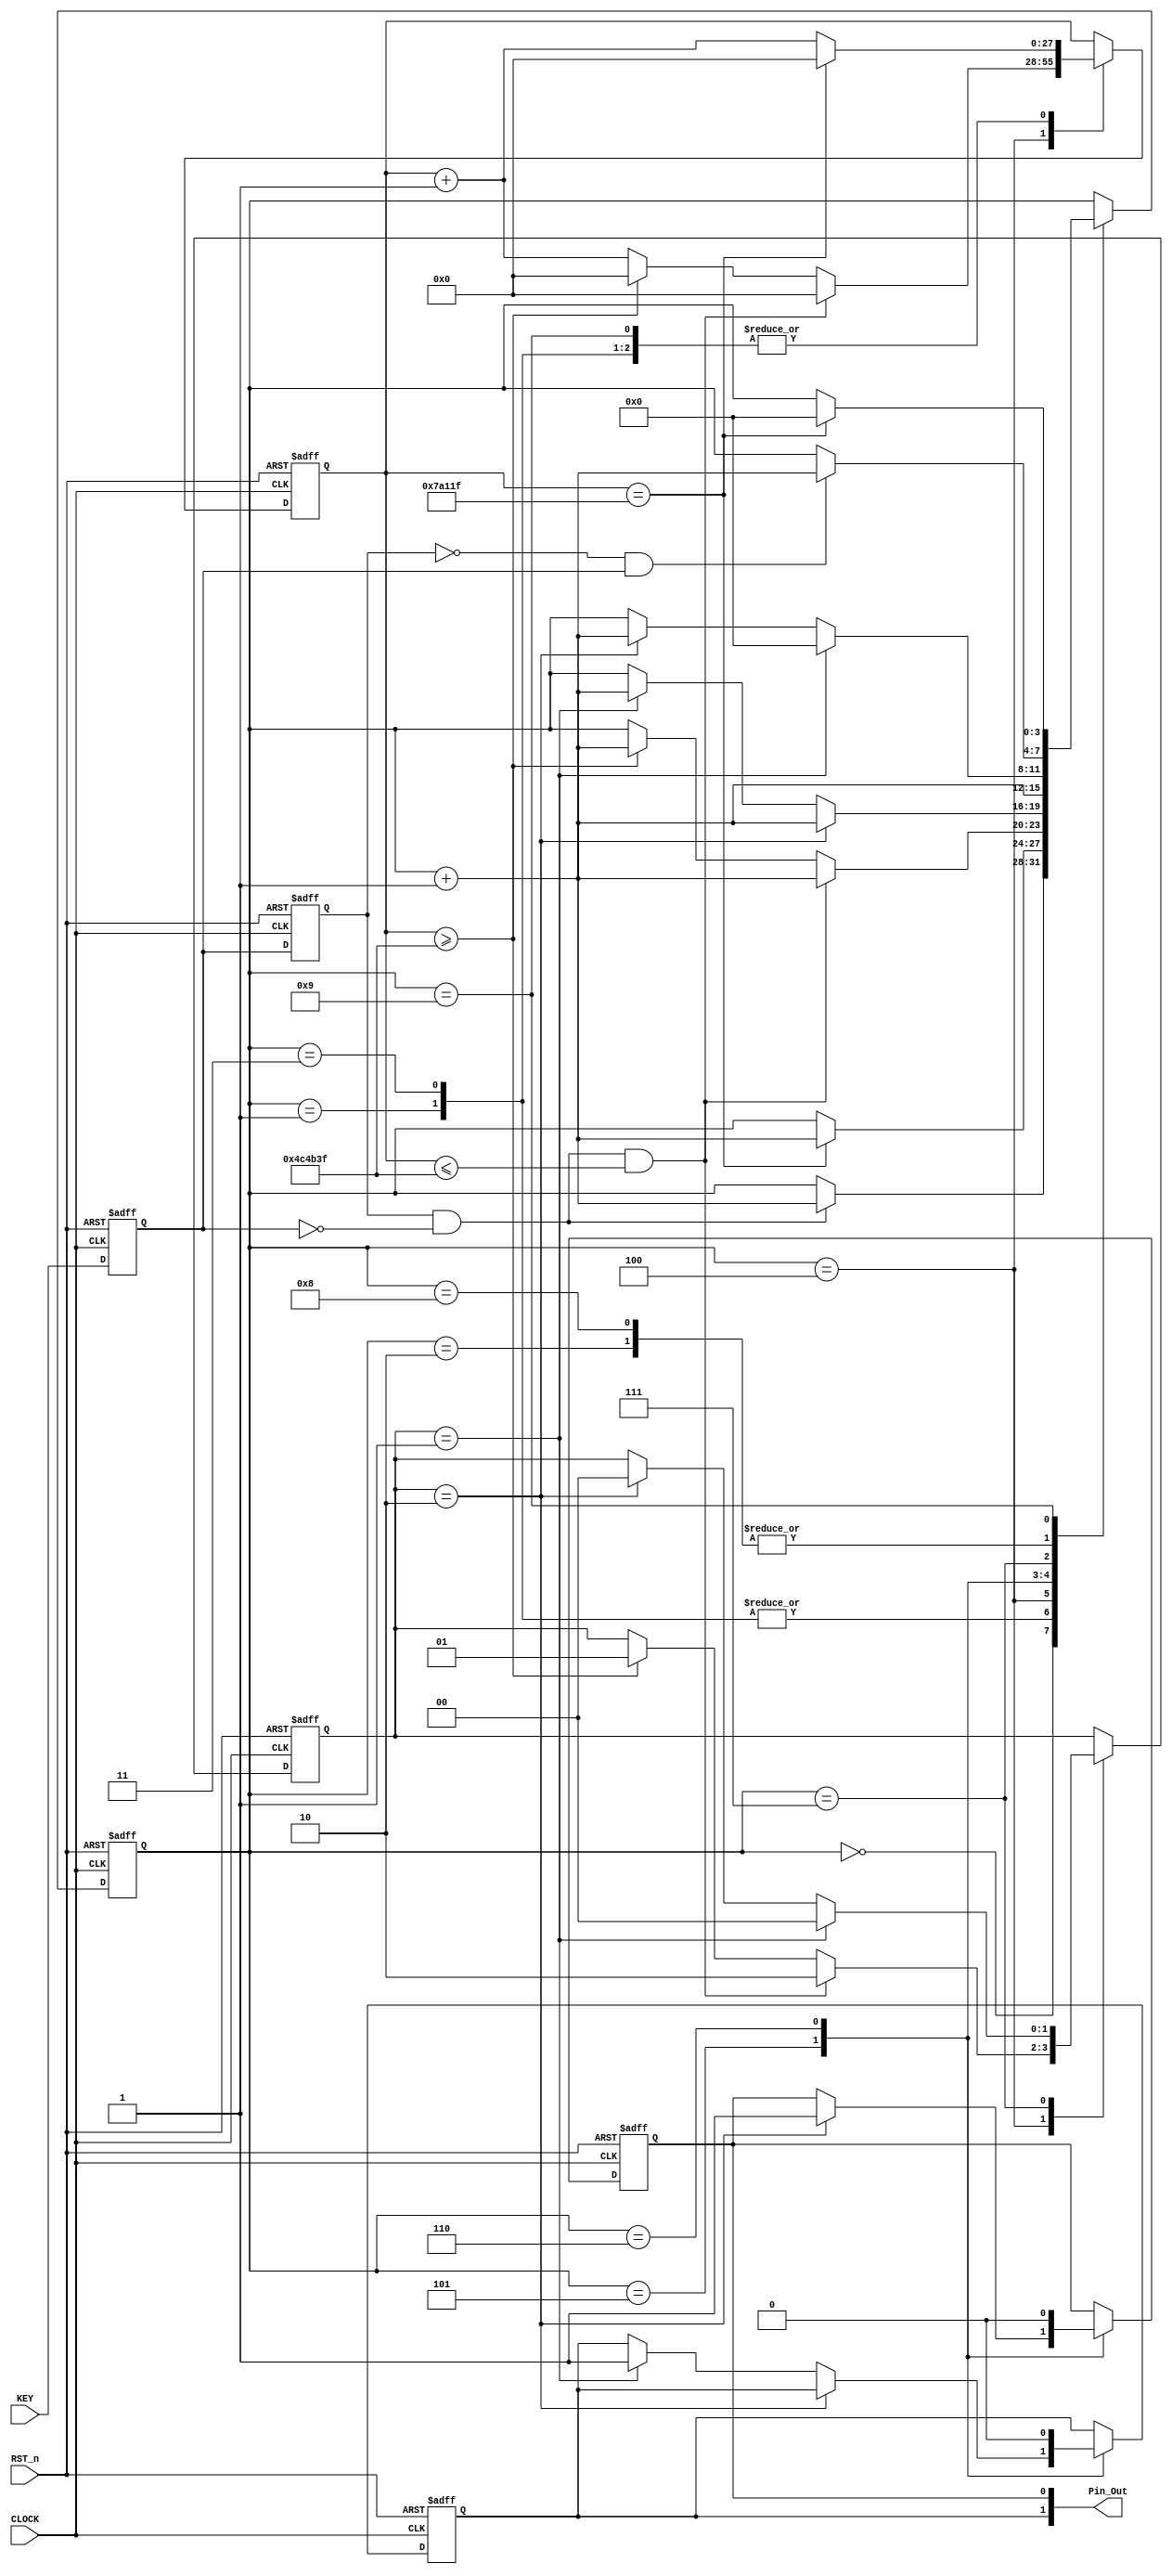
//****************************************************************************//
//# @Author: 
//# @Date:   2019-06-09 02:48:43
//# @Last Modified by:   zlk
//# @WeChat Official Account: OpenFPGA
//# @Last Modified time: 2019-08-26 22:06:47
//# Description: 
//# @Modification History: 2019-06-09 02:52:59
//# Date			    By			   Version			   Change Description: 
//# ========================================================================= #
//# 2019-06-09 02:52:59
//# ========================================================================= #
//# |                                          								| #
//# |                                OpenFPGA     							| #
//****************************************************************************//
module keyfuncmod_module 
(
    CLOCK, RST_n,
	KEY,
	Pin_Out
);

   input CLOCK, RST_n;
	input KEY;
	output [1:0]Pin_Out;

	/*****************************************/ //sub
    parameter T10MS	 	= 28'd500_000;
	parameter T100MS 	= 28'd5_000_000; 
	parameter T200MS 	= 28'd10_000_000; 
	parameter T300MS 	= 28'd15_000_000; 
	parameter T400MS 	= 28'd20_000_000; 
	parameter T500MS 	= 28'd25_000_000;  
	/*****************************************/ //sub
	 
	 reg F2,F1; 
		 
	 always @ ( posedge CLOCK or negedge RST_n ) 
	     if( !RST_n ) 
		      { F2, F1 } <= 2'b11;
		  else 
		      { F2, F1 } <= { F1, KEY };
				
	 /*****************************************/ //core
	
	 wire isH2L = ( F2 == 1 && F1 == 0 ); 
	 wire isL2H = ( F2 == 0 && F1 == 1 );
	 reg [3:0]i;
	 reg isDClick,isSClick;
	 reg [1:0]isTag;
	 reg [27:0]C1;
	 
	 always @ ( posedge CLOCK or negedge RST_n )
	     if( !RST_n )
		       begin
				    i <= 4'd0;
					 isDClick <= 1'd0;
					 isSClick <= 1'b0;
					 isTag <= 2'd0;
					 C1 <= 28'd0;
				 end
		  else
		      case(i)
					 
					 0: // Wait H2L
					 if( isH2L ) begin i <= i + 1'b1; end
					 
					 1: // H2L debounce
					 if( C1 == T10MS -1 ) begin C1 <= 28'd0; i <= i + 1'b1; end
					 else C1 <= C1 + 1'b1;
					 
					 2: // Wait L2H
					 if( isL2H ) i <= i + 1'b1;
					 
					 3: // L2H debounce
					 if( C1 == T10MS -1 ) begin C1 <= 28'd0; i <= i + 1'b1; end
					 else C1 <= C1 + 1'b1;
					 
					 4: // Key Tag Check	 
					 if( isH2L && C1 <= T100MS -1 ) begin isTag <= 2'd2; C1 <= 28'd0; i <= i + 1'b1; end
					 else if( C1 >= T100MS -1) begin isTag <= 2'd1; C1 <= 28'd0; i <= i + 1'b1; end
					 else C1 <= C1 + 1'b1;	
					 
					 5: // Key trigger press up
					 if( isTag == 2'd2 ) begin isDClick <= 1'b1; i <= i + 1'b1; end
					 else if( isTag == 2'd1 ) begin isSClick <= 1'b1; i <= i + 1'b1; end
					 
					 6: // Key trigger pree down
					 begin { isSClick , isDClick } <= 2'b00; i <= i + 1'b1; end
					 
					 7: // L2H deounce check
					 if( isTag == 2'd1 ) begin isTag <= 2'd0; i <= 4'd0; end
					 else if( isTag == 2'd2 ) begin isTag <= 2'd0; i <= i + 1'b1; end
					 
					 8: // Wait L2H
					 if( isL2H ) begin i <= i + 1'b1; end
						 
				    9: // L2H debounce
					 if( C1 == T10MS -1 ) begin C1 <= 28'd0; i <= 4'd0; end
					 else C1 <= C1 + 1'b1;
					 
				endcase

	/***************************/
		 
	assign Pin_Out = { isSClick,isDClick };

endmodule